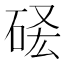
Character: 𥒣